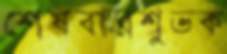
শেষবারশুভক